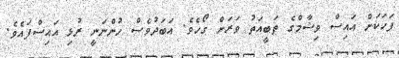
ފަހަކަށް އައިސް ވިޝާމްގެ ތަބީއަތު ވަރަށް ގޯހެވެ. އަބަދުވެސް ހުންނަނީ ރުޅި އައިސްފައެވެ.